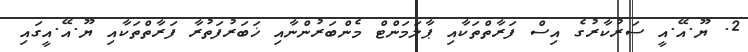
2. ޔޫ.އޭ.އީ ސަރުކާރުގެ އިސް ފަރާތްތަކާއި ޕާލަމަންޓް މެންބަރުންނާއި ޚަބަރުފަތުރާ ފަރާތްތަކާއި ޔޫ.އޭ.އީގައި